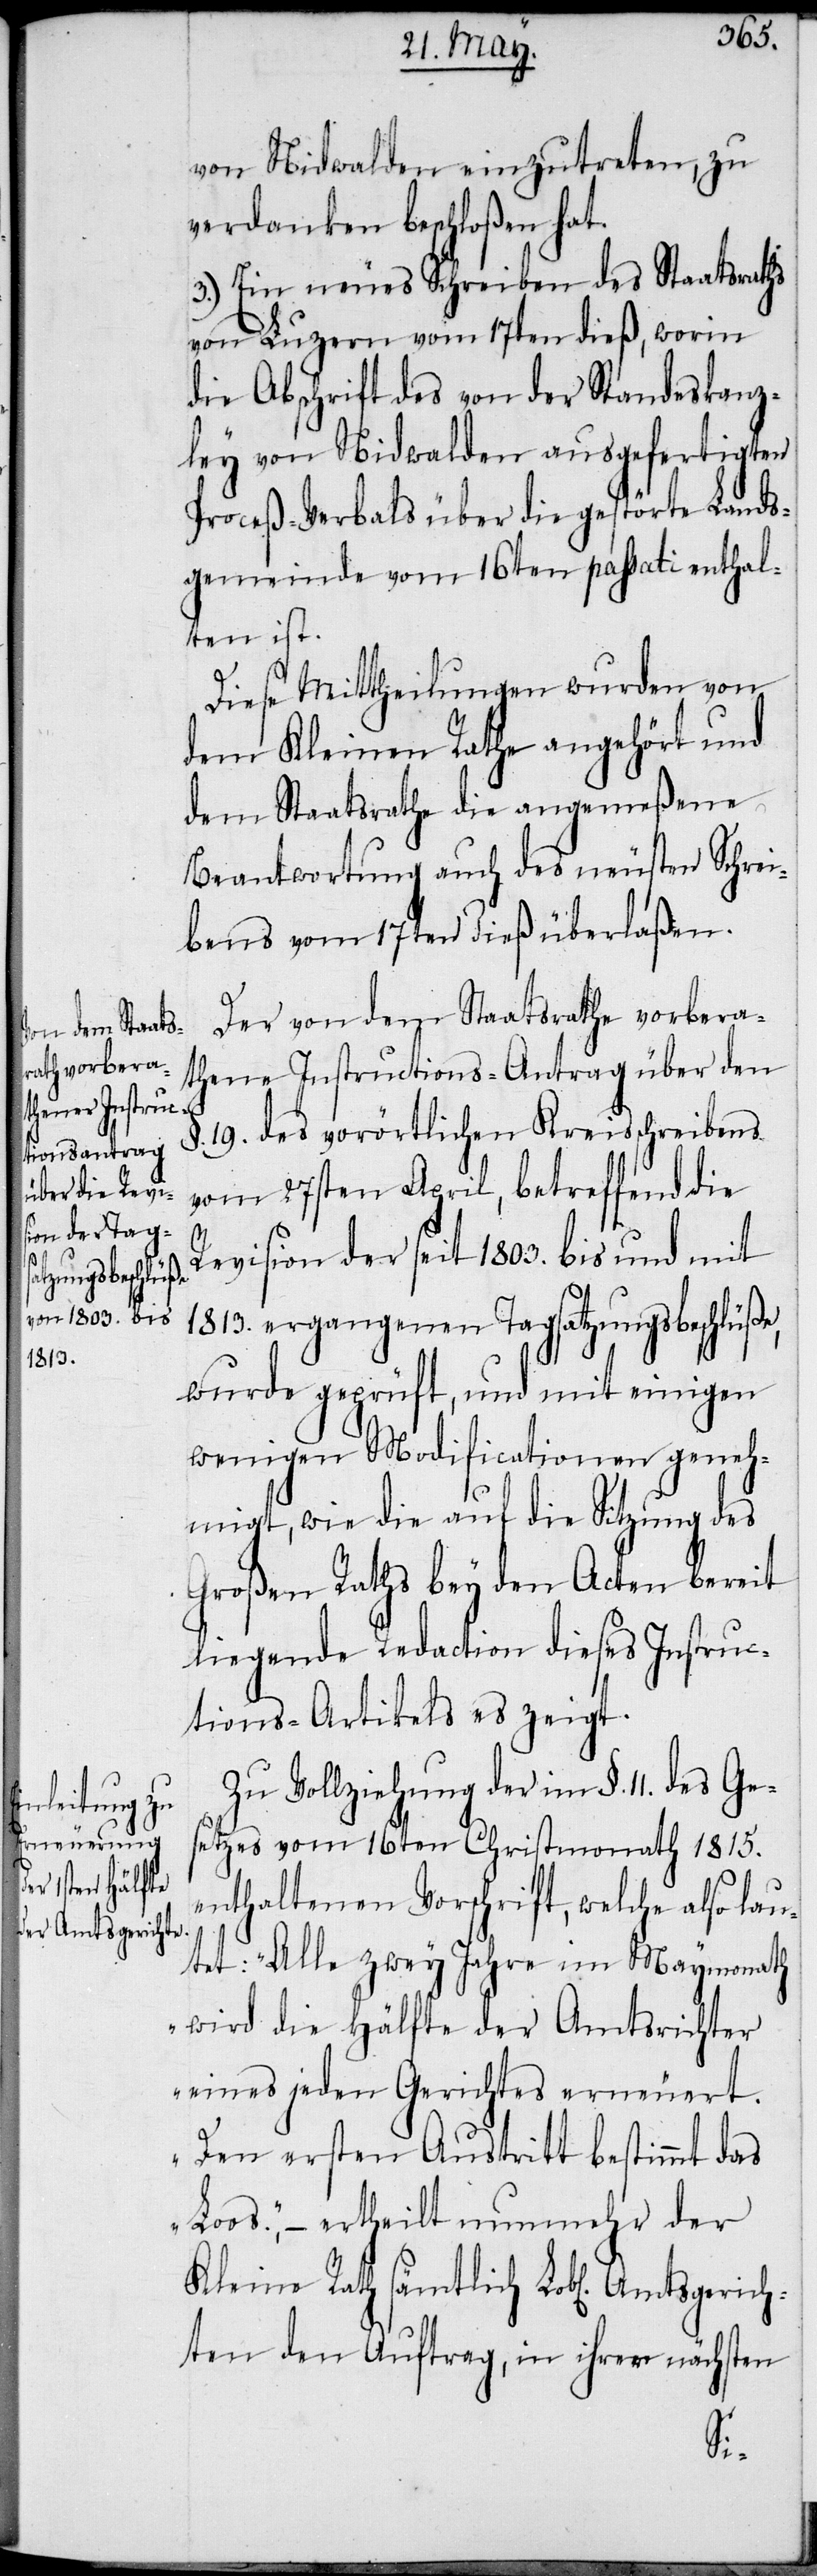
en] Amtsgericht¬

von Nidwalden einzutreten, zu
verdanken beschloßen hat.
3.) Ein neues Schreiben des Staatsraths
von Luzern vom 17ten dieß, worin
die Abschrift des von der Standeskanz¬
ley von Nidwalden ausgefertigten
Proceß-Verbals über die gestörte Lands¬
gemeinde vom 16ten passati enthal¬
ten ist.
Diese Mittheilungen wurden von
dem Kleinen Rathe angehört und
dem Staatsrathe die angemeßene
Beantwortung auch des neusten Schrei¬
bens vom 17ten dieß überlaßen.
Der von dem Staatsrathe vorbera¬
thene Instructions-Antrag über den
§. 19. des vorörtlichen Kreisschreibens
vom 27sten April, betreffend die
Revision der seit 1803. bis und mit
1813. ergangenen Tagsatzungsbeschlüße,
wurde geprüft, und mit einigen
wenigen Modificationen geneh¬
migt, wie die auf die Sitzung des
Großen Raths bey den Acten bereit
liegende Redaction dieses Instruc¬
tions-Artikels es zeigt.
Zu Vollziehung der im §. 11. des Ge¬
setzes vom 16ten Christmonath 1815.
enthaltenen Vorschrift, welche also lau¬
tet: „Alle zwey Jahre im Maymonath
wird die Hälfte der Amtsrichter
eines jeden Gerichtes erneuert.
Den ersten Austritt bestimmt das
Loos.“ – ertheilt nunmehr der
Kleine Rath sämtlich Lobl[ich¬
en den Auftrag, in ihrer nächsten